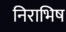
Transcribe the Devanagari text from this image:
निराभिष